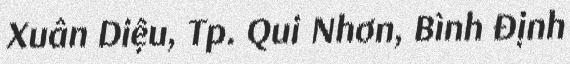
Xuân Diệu, Tp. Qui Nhơn, Bình Định